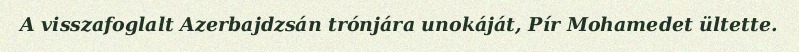
A visszafoglalt Azerbajdzsán trónjára unokáját, Pír Mohamedet ültette.